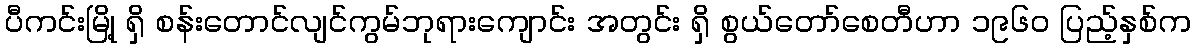
ပီကင်းမြို့ ရှိ စန်းတောင်လျင်ကွမ်ဘုရားကျောင်း အတွင်း ရှိ စွယ်တော်စေတီဟာ ၁၉၆၀ ပြည့်နှစ်က